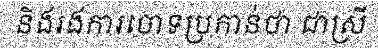
និងរងការចោទប្រកាន់ថា ជាស្រី